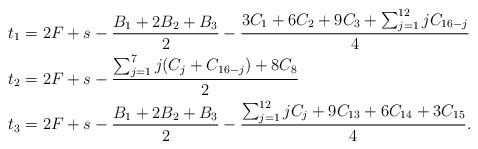
LaTeX: \begin{align*}t_1&=2F+s-\frac{B_1+2B_2+B_3}{2}-\frac{3C_1+6C_2+9C_3+\sum_{j=1}^{12} jC_{16-j}}{4}\\t_2&=2F+s-\frac{\sum_{j=1}^7 j(C_j+C_{16-j})+8C_8}{2}\\t_3&=2F+s-\frac{B_1+2B_2+B_3}{2}-\frac{\sum_{j=1}^{12} jC_{j}+9C_{13}+6C_{14}+3C_{15}}{4}.\end{align*}